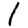
Digit: 1